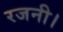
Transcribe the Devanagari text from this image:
रजनी।